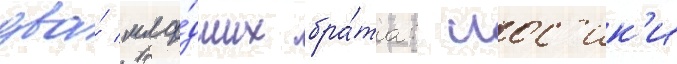
два́ мла́дших бра́та: иос'ик'и